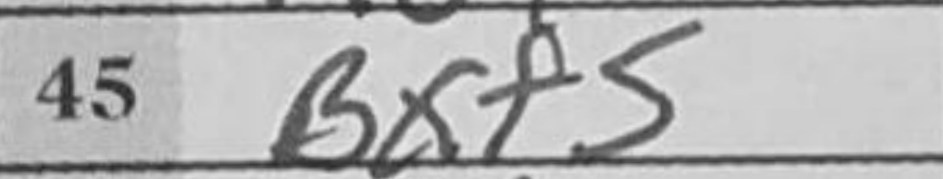
Transcription: Bxf5